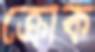
ক্রোক